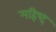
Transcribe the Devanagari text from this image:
महिष्द